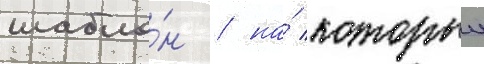
шабло́н / на́ которыи